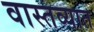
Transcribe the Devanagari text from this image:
वास्‍तव्‍यात